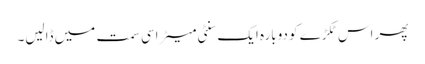
پھر اس ٹکڑے کو دوبارہ ایک سنٹی میٹر اسی سمت میں ڈالیں۔